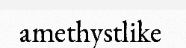
amethystlike